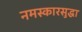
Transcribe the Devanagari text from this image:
नमस्कारसुद्धा